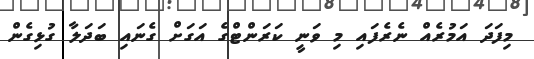
މިފަދަ އަމުރެއް ނެރެފައި މި ވަނީ ކަރަންޓްގެ އަގަށް ގެނައި ބަދަލާ ގުޅިގެން